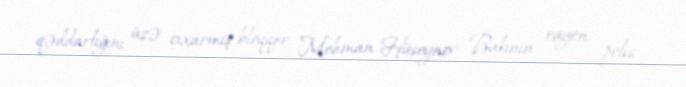
qəddarlığını üzə çıxarmış bloqqer Mehman Hüseynov Bakının rayon polis